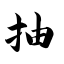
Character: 抽